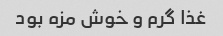
غذا گرم و خوش مزه بود